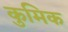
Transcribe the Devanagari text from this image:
कुमिक